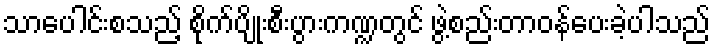
သာပေါင်းစသည့် စိုက်ပျိုးစီးပွားကဏ္ဍတွင် ဖွဲ့စည်းတာဝန်ပေးခဲ့ပါသည်